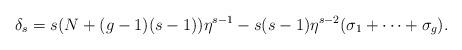
LaTeX: \begin{align*}\delta_{s}=s(N+(g-1)(s-1))\eta^{s-1}-s(s-1)\eta^{s-2}( \sigma_{1}+\cdots +\sigma_{g}).\end{align*}